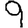
Digit: 9